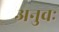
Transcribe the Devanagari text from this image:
अनुवः